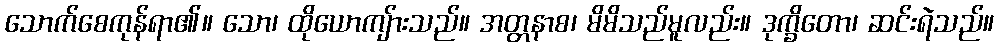
သောက်စေကုန်ရာ၏။ သော၊ ထိုယောကျ်ားသည်။ အတ္တနာစ၊ မိမိသည်မူလည်း။ ဒုက္ခိတော၊ ဆင်းရဲသည်။